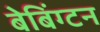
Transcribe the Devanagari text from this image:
बेबिंग्टन